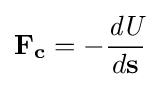
\mathbf {F_{c}} =-{\frac {\textit {dU}}{d\mathbf {s} }}